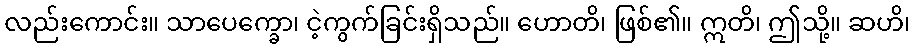
လည်းကောင်း။ သာပေက္ခော၊ ငဲ့ကွက်ခြင်းရှိသည်။ ဟောတိ၊ ဖြစ်၏။ ဣတိ၊ ဤသို့။ ဆဟိ၊